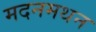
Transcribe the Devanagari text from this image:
मदनमथन